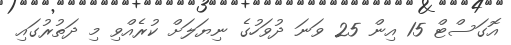
އޮގަސްޓް 15 އިން 25 ވަނަ ދުވަހުގެ ނިޔަލަށް ކުރެއްވި މި ދަތުރުގައި